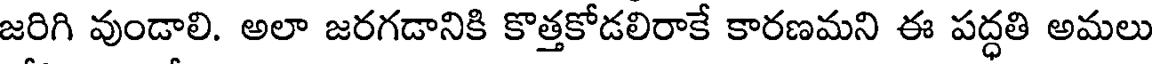
జరిగి వుండాలి. అలా జరగడానికి కొత్తకోడలిరాకే కారణమని ఈ పద్ధతి అమలు